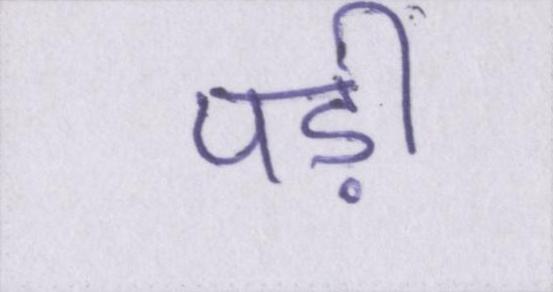
पड़ी